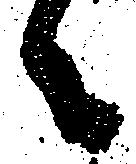
々